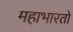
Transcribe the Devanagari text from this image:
महाभारतो